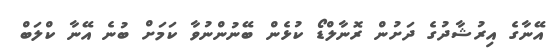
އޭނާގެ އިރުޝާދުގެ ދަށުން ރޮނާލްޑޯ ކުޅެން ބޭނުންނުވާ ކަމަށް ބުނެ އޭނާ ކްލަބް